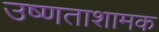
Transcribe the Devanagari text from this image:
उष्णताशामक